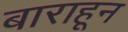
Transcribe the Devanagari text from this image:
बाराहून